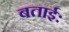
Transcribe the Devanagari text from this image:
बताईः